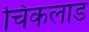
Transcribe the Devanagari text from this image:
चिकलाड